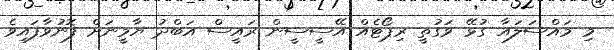
މި މައްސަލައާ ގުޅޭ ވަގުތީ ރިޕޯޓެއް އޭސީސީން ރައީސް އަބްދު ޔާމީނަށް ފޮނުވާފައިވެ